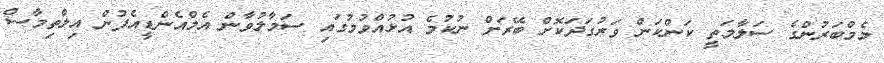
މެމްބަރުންގެ ސަލާމަތީ ކަންކަން ވަރުގަދަކޮށް ބޭރަށް ނުކުމެ އުޅުއްވުމުގައި ސަމާލުވާން އެމްއެންޑީއެފުން އިލްތިމާސް